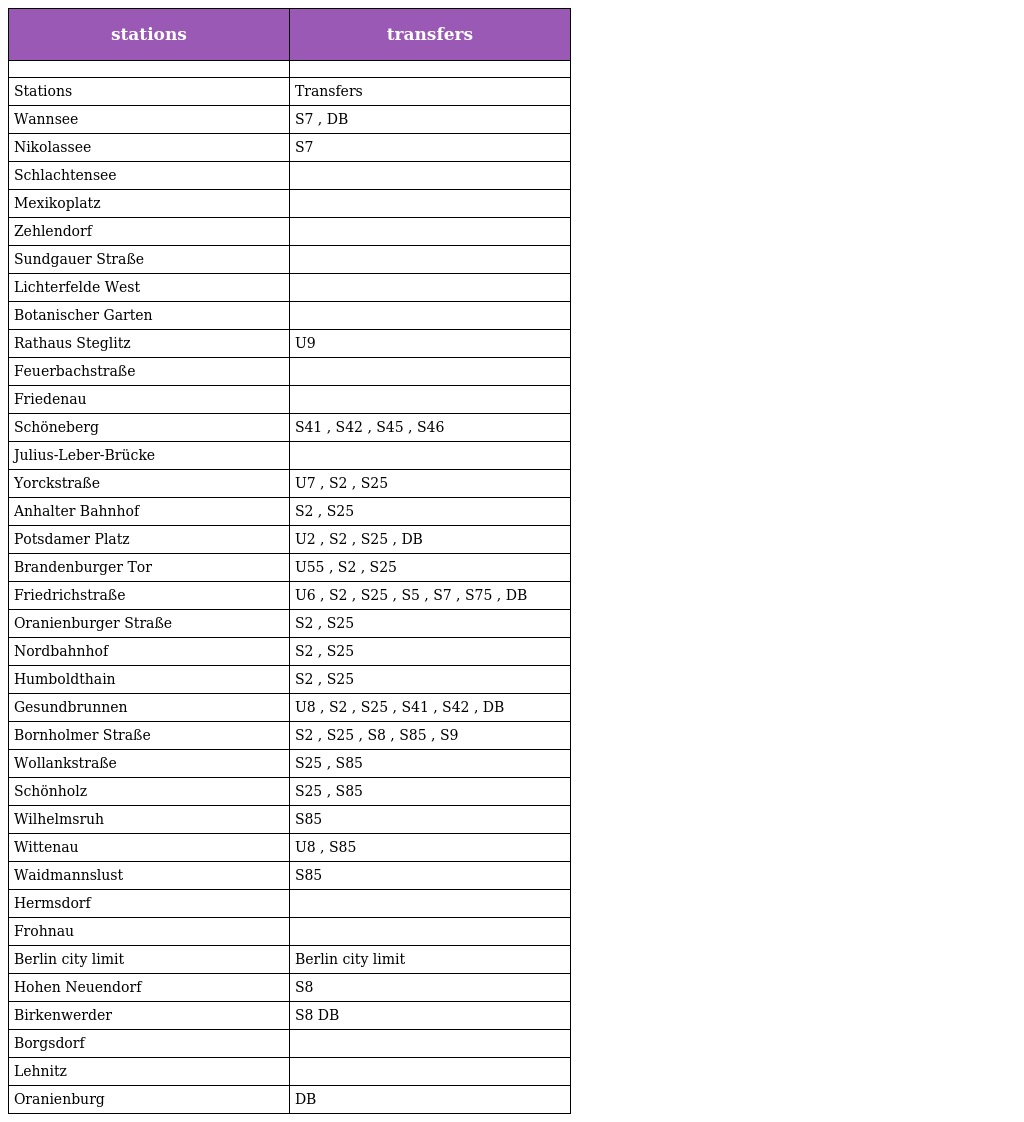
| stations | transfers |
 | --- | --- |
 |  |  |
 | Stations | Transfers |
 | Wannsee | S7 , DB |
 | Nikolassee | S7 |
 | Schlachtensee |  |
 | Mexikoplatz |  |
 | Zehlendorf |  |
 | Sundgauer Straße |  |
 | Lichterfelde West |  |
 | Botanischer Garten |  |
 | Rathaus Steglitz | U9 |
 | Feuerbachstraße |  |
 | Friedenau |  |
 | Schöneberg | S41 , S42 , S45 , S46 |
 | Julius-Leber-Brücke |  |
 | Yorckstraße | U7 , S2 , S25 |
 | Anhalter Bahnhof | S2 , S25 |
 | Potsdamer Platz | U2 , S2 , S25 , DB |
 | Brandenburger Tor | U55 , S2 , S25 |
 | Friedrichstraße | U6 , S2 , S25 , S5 , S7 , S75 , DB |
 | Oranienburger Straße | S2 , S25 |
 | Nordbahnhof | S2 , S25 |
 | Humboldthain | S2 , S25 |
 | Gesundbrunnen | U8 , S2 , S25 , S41 , S42 , DB |
 | Bornholmer Straße | S2 , S25 , S8 , S85 , S9 |
 | Wollankstraße | S25 , S85 |
 | Schönholz | S25 , S85 |
 | Wilhelmsruh | S85 |
 | Wittenau | U8 , S85 |
 | Waidmannslust | S85 |
 | Hermsdorf |  |
 | Frohnau |  |
 | Berlin city limit | Berlin city limit |
 | Hohen Neuendorf | S8 |
 | Birkenwerder | S8 DB |
 | Borgsdorf |  |
 | Lehnitz |  |
 | Oranienburg | DB |